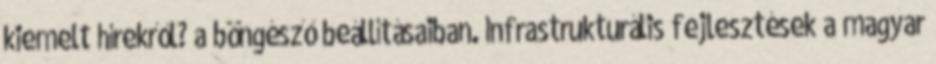
kiemelt hírekről? a böngésző beállításaiban. Infrastrukturális fejlesztések a magyar